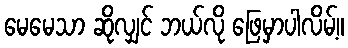
မေမေသာ ဆိုလျှင် ဘယ်လို ဖြေမှာပါလိမ့်။